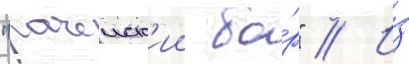
"рачеиск'ии бо́р" // И́з